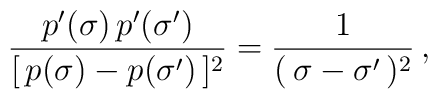
\frac{p'(\sigma )\,p'(\sigma')}{[\, p(\sigma ) - p(\sigma') \,]^{2}} =\frac{1}{(\, \sigma - \sigma' \,)^{2}} \,,